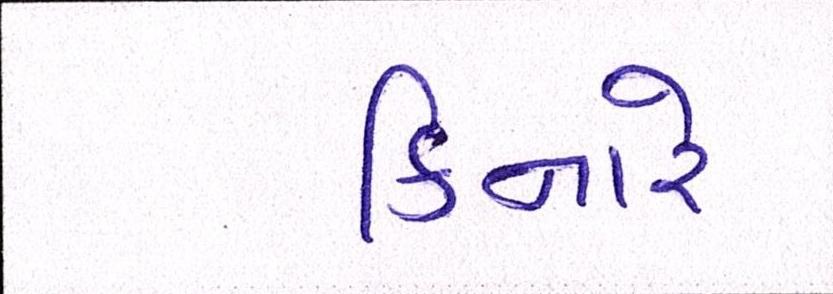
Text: કિનારે